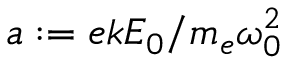
a : = e k E _ { 0 } / m _ { e } \omega _ { 0 } ^ { 2 }